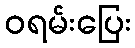
ဝရမ်းပြေး